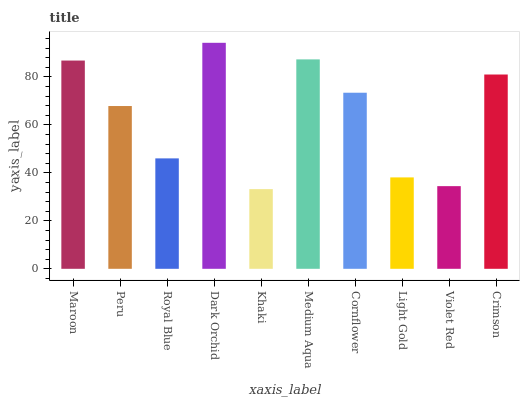
| xaxis_label | bars |
 | --- | --- |
 | Maroon | 86.8 |
 | Peru | 67.8 |
 | Royal Blue | 46 |
 | Dark Orchid | 94.2 |
 | Khaki | 33.2 |
 | Medium Aqua | 87.3 |
 | Cornflower | 73.4 |
 | Light Gold | 38.1 |
 | Violet Red | 34.4 |
 | Crimson | 81 |